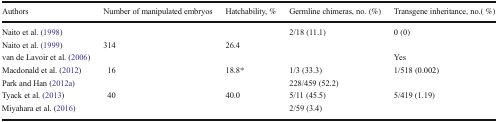
<table><thead><tr><td><b>Authors</b></td><td><b>Number of manipulated embryos</b></td><td><b>Hatchability, %</b></td><td><b>Germline chimeras, no. (%)</b></td><td><b>Transgene inheritance, no.( %)</b></td></tr></thead><tbody><tr><td>Naito et al. (1998)</td><td></td><td></td><td>2/18 (11.1)</td><td>0 (0)</td></tr><tr><td>Naito et al. (1999)</td><td>314</td><td>26.4</td><td></td><td></td></tr><tr><td>van de Lavoir et al. (2006)</td><td></td><td></td><td></td><td>Yes</td></tr><tr><td>Macdonald et al. (2012)</td><td>16</td><td>18.8*</td><td>1/3 (33.3)</td><td>1/518 (0.002)</td></tr><tr><td>Park and Han (2012a)</td><td></td><td></td><td>228/459 (52.2)</td><td></td></tr><tr><td>Tyack et al. (2013)</td><td>40</td><td>40.0</td><td>5/11 (45.5)</td><td>5/419 (1.19)</td></tr><tr><td>Miyahara et al. (2016)</td><td></td><td></td><td>2/59 (3.4)</td><td></td></tr></tbody></table>